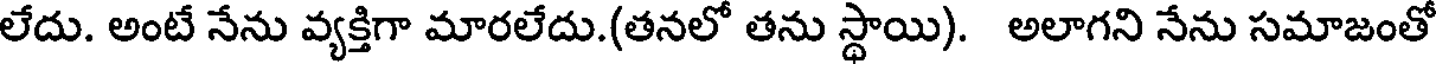
లేదు. అంటే నేను వ్యక్తిగా మారలేదు.(తనలో తను స్థాయి). అలాగని నేను సమాజంతో